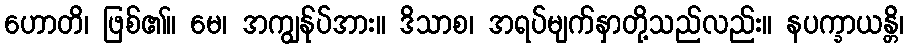
ဟောတိ၊ ဖြစ်၏။ မေ၊ အကျွန်ုပ်အား။ ဒိသာစ၊ အရပ်မျက်နှာတို့သည်လည်း။ နပက္ခာယန္တိ၊